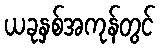
ယခုနှစ်အကုန်တွင်